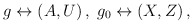
\begin{align*}g\leftrightarrow (A,U)\,,\;g_0\leftrightarrow (X,Z)\,, \end{align*}